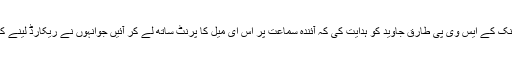
اس دوران عدالت نے نجی بینک کے ایس وی پی طارق جاوید کو ہدایت کی کہ آئندہ سماعت پر اس ای میل کا پرنٹ ساتھ لے کر آئیں جوانہوں نے ریکارڈ لینے کیلئے بینک کو بھجوائی تھی۔